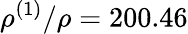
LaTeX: \rho^{(1)}/\rho=200.46